Civil Veterinary Dept. Bombay admin report 1900-1906 - 1900-1906
Year: 1900
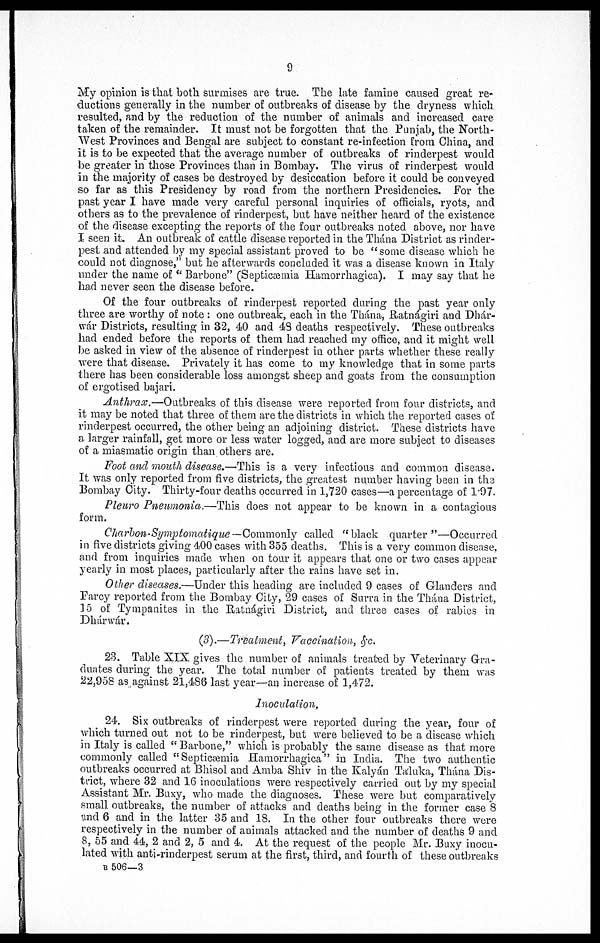
9
My opinion is that both surmises are true. The late famine caused great re-
ductions generally in the number of outbreaks of disease by the dryness which
resulted, and by the reduction of the number of animals and increased care
taken of the remainder. It must not be forgotten that the Punjab, the North-
West Provinces and Bengal are subject to constant re-infection from China, and
it is to be expected that the average number of outbreaks of rinderpest would
be greater in those Provinces than in Bombay. The virus of rinderpest would
in the majority of cases be destroyed by desiccation before it could be conveyed
so far as this Presidency by road from the northern Presidencies. For the
past year I have made very careful personal inquiries of officials, ryots, and
others as to the prevalence of rinderpest, but have neither heard of the existence
of the disease excepting the reports of the four outbreaks noted above, nor have
I seen it. An outbreak of cattle disease reported in the Thána District as rinder-
pest and attended by my special assistant proved to be "some disease which he
could not diagnose," but he afterwards concluded it was a disease known in Italy
under the name of "Barbone" (Septicæmia Hamorrhagica). I may say that he
had never seen the disease before.
Of the four outbreaks of rinderpest reported during the past year only
three are worthy of note: one outbreak, each in the Thána, Ratnágiri and Dhár-
wár Districts, resulting in 32, 40 and 48 deaths respectively. These outbreaks
had ended before the reports of them had reached my office, and it might well
be asked in view of the absence of rinderpest in other parts whether these really
were that disease. Privately it has come to my knowledge that in some parts
there has been considerable loss amongst sheep and goats from the consumption
of ergotised bajari.
Anthrax.—Outbreaks of this disease were reported from four districts, and
it may be noted that three of them are the districts in which the reported cases of
rinderpest occurred, the other being an adjoining district. These districts have
a larger rainfall, get more or less water logged, and are more subject to diseases
of a miasmatic origin than others are.
Foot and mouth disease.—This is a very infectious and common disease.
It was only reported from five districts, the greatest number having been in the
Bombay City. Thirty-four deaths occurred in 1,720 cases—a percentage of 1.97.
Pleuro Pneumonia.—This does not appear to be known in a contagious
form.
Charbon-Symptomatique— Commonly called "black quarter"—Occurred
in five districts giving 400 cases with 355 deaths. This is a very common disease,
and from inquiries made when on tour it appears that one or two cases appear
yearly in most places, particularly after the rains have set in.
Other diseases.—Under this heading are included 9 cases of Glanders and
Farcy reported from the Bombay City, 29 cases of Surra in the Thána District,
15 of Tympanites in the Ratnágiri District, and three cases of rabies in
Dhárwár.
(3).—Treatment, Vaccination, &c.
23. Table XIX gives the number of animals treated by Veterinary Gra-
duates during the year. The total number of patients treated by them was
22,958 as against 21,486 last year—an increase of 1,472.
Inoculation.
24. Six outbreaks of rinderpest were reported during the year, four of
which turned out not to be rinderpest, but were believed to be a disease which
in Italy is called "Barbone," which is probably the same disease as that more
commonly called "Septicæmia Hamorrhagica" in India. The two authentic
outbreaks occurred at Bhisol and Amba Shiv in the Kalyán Táluka, Thána Dis-
trict, where 32 and 16 inoculations were respectively carried out by my special
Assistant Mr. Buxy, who made the diagnoses. These were but comparatively
small outbreaks, the number of attacks and deaths being in the former case 8
and 6 and in the latter 35 and 18. In the other four outbreaks there were
respectively in the number of animals attacked and the number of deaths 9 and
8, 55 and 44, 2 and 2, 5 and 4. At the request of the people Mr. Buxy inocu-
lated with anti-rinderpest serum at the first, third, and fourth of these outbreaks
B 506—3